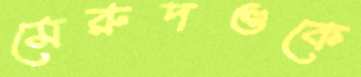
মেরুদণ্ডকে